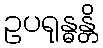
ဥပရုန္ဓန္တိ